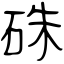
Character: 硃